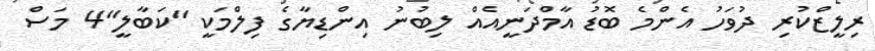
ރިލީޒްކުރި ދުވަހު އެންމެ ބޮޑު އާމްދަނީއެއް ލިބުނު އިންޑިޔާގެ ފިލްމަކީ "ކަބާލީ"4 މަސް